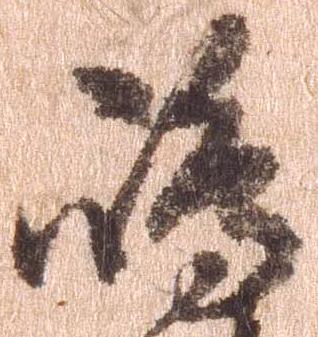
島